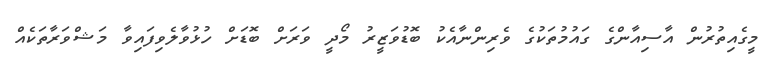
މީގެއިތުރުން އާސިއާންގެ ގައުމުތަކުގެ ވެރިންނާއެކު ބޮޑުވަޒީރު މޯދީ ވަރަށް ބޮޑަށް ހުޅުވާލެވިފައިވާ މަޝްވަރާތަކެއް